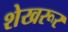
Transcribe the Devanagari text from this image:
शेखरूर